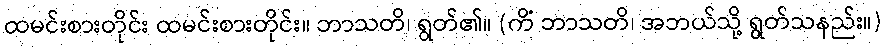
ထမင်းစားတိုင်း ထမင်းစားတိုင်း။ ဘာသတိ၊ ရွတ်၏။ (ကိံ ဘာသတိ၊ အဘယ်သို့ ရွတ်သနည်း။)